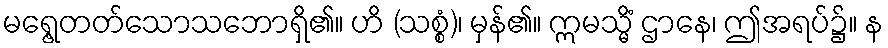
မရွေ့တတ်သောသဘောရှိ၏။ ဟိ (သစ္စံ)၊ မှန်၏။ ဣမသ္မိံ ဌာနေ၊ ဤအရပ်၌။ န